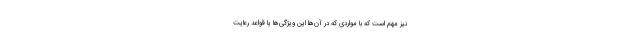
نیز مهم است که با مواردی که در آن‌ها این ویژگی‌ها یا قواعد رعایت